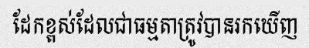
ដែកខ្ពស់ដែលជាធម្មតាត្រូវបានរកឃើញ